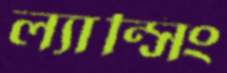
ল্যান্সিং